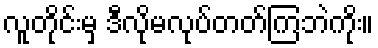
လူတိုင်းမှ ဒီလိုမလုပ်တတ်ကြဘဲကိုး။